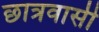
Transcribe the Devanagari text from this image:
छात्रवासी